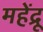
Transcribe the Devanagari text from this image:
महेंद्रू